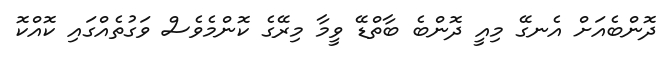
ދޮންބެއަށް އެނގޭ މިއީ ދޮންބެ ބާތްޑޭ ވީމާ މިރޭގެ ކޮންމެވެސް ވަގުތެއްގައި ކޮއްކޮ